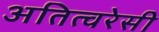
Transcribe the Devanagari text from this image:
अतित्वरेसी